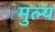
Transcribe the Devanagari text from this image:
मुल्‍य